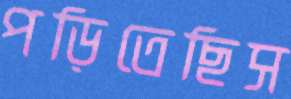
পড়িতেছিস